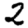
Digit: 2